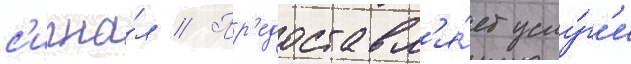
с'игна́л // Пр'едоставл'я́ет услу́г'и